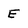
Character: E